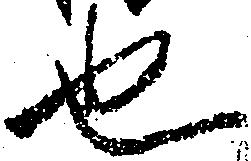
也